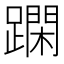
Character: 𨅽